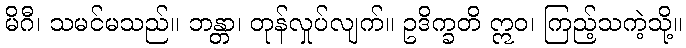
မိဂီ၊ သမင်မသည်။ ဘန္တာ၊ တုန်လှုပ်လျက်။ ဥဒိက္ခတိ ဣဝ၊ ကြည့်သကဲ့သို့။